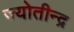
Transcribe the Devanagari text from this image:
ज्योतीन्द्र